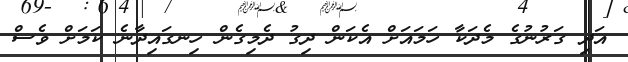
އަދި ގަރުނުގެ މެދަކާ ހަމައަށް އެކަން ދިގު ދެމިގެން ހިނގައިދާނެ ކަމަށް ވެސް